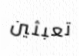
تعبثين